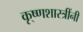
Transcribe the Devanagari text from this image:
कृ्ष्णशास्त्रींनी